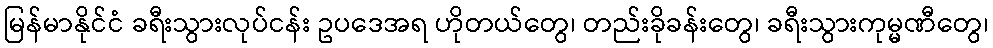
မြန်မာနိုင်ငံ ခရီးသွားလုပ်ငန်း ဥပဒေအရ ဟိုတယ်တွေ၊ တည်းခိုခန်းတွေ၊ ခရီးသွားကုမ္မဏီတွေ၊